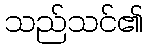
သည်သင်၏